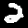
Label: 2